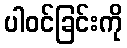
ပါဝင်ခြင်းကို